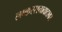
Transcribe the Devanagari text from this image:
लष्करसत्तावादावर